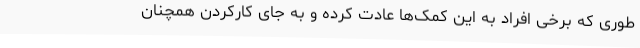
طوری که برخی افراد به این کمک‌ها عادت کرده و به جای کارکردن همچنان